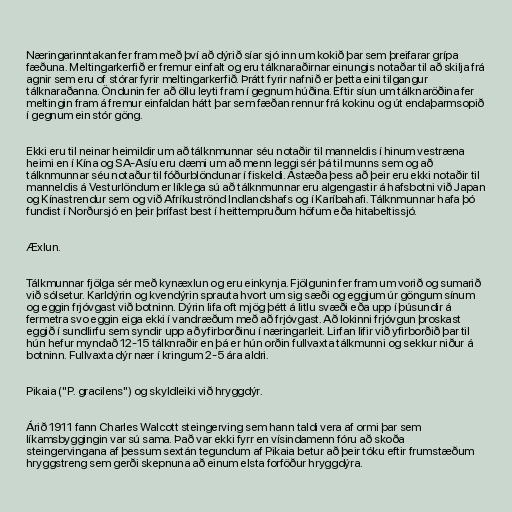
Næringarinntakan fer fram með því að dýrið síar sjó inn um kokið þar sem þreifarar grípa
fæðuna. Meltingarkerfið er fremur einfalt og eru tálknaraðirnar einungis notaðar til að skilja frá
agnir sem eru of stórar fyrir meltingarkerfið. Þrátt fyrir nafnið er þetta eini tilgangur
tálknaraðanna. Öndunin fer að öllu leyti fram í gegnum húðina. Eftir síun um tálknaröðina fer
meltingin fram á fremur einfaldan hátt þar sem fæðan rennur frá kokinu og út endaþarmsopið
í gegnum ein stór göng.

Ekki eru til neinar heimildir um að tálknmunnar séu notaðir til manneldis í hinum vestræna
heimi en í Kína og SA-Asíu eru dæmi um að menn leggi sér þá til munns sem og að
tálknmunnar séu notaður til fóðurblöndunar í fiskeldi. Ástæða þess að þeir eru ekki notaðir til
manneldis á Vesturlöndum er líklega sú að tálknmunnar eru algengastir á hafsbotni við Japan
og Kínastrendur sem og við Afríkuströnd Indlandshafs og í Karíbahafi. Tálknmunnar hafa þó
fundist í Norðursjó en þeir þrífast best í heittempruðum höfum eða hitabeltissjó.

Æxlun.

Tálkmunnar fjölga sér með kynæxlun og eru einkynja. Fjölgunin fer fram um vorið og sumarið
við sólsetur. Karldýrin og kvendýrin sprauta hvort um sig sæði og eggjum úr göngum sínum
og eggin frjóvgast við botninn. Dýrin lifa oft mjög þétt á litlu svæði eða upp í þúsundir á
fermetra svo eggin eiga ekki í vandræðum með að frjóvgast. Að lokinni frjóvgun þroskast
eggið í sundlirfu sem syndir upp að yfirborðinu í næringarleit. Lirfan lifir við yfirborðið þar til
hún hefur myndað 12-15 tálknraðir en þá er hún orðin fullvaxta tálkmunni og sekkur niður á
botninn. Fullvaxta dýr nær í kringum 2-5 ára aldri.

Pikaia ("P. gracilens") og skyldleiki við hryggdýr.

Árið 1911 fann Charles Walcott steingerving sem hann taldi vera af ormi þar sem
líkamsbyggingin var sú sama. Það var ekki fyrr en vísindamenn fóru að skoða
steingervingana af þessum sextán tegundum af Pikaia betur að þeir tóku eftir frumstæðum
hryggstreng sem gerði skepnuna að einum elsta forföður hryggdýra.